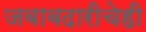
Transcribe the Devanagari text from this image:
जबाबदारीचेही